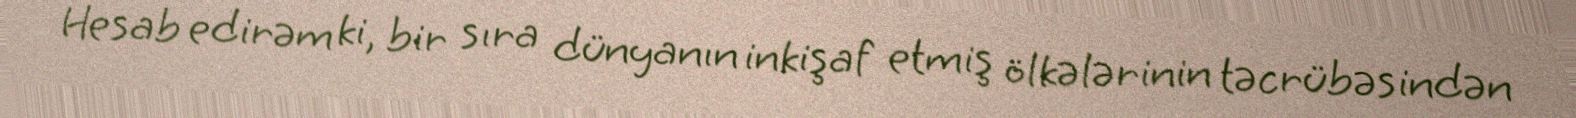
Hesab edirəm ki, bir sıra dünyanın inkişaf etmiş ölkələrinin təcrübəsindən